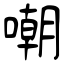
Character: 嘲